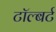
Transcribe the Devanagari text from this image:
टॉल्बर्ट